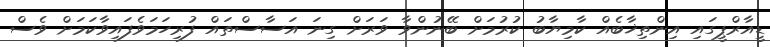
ޑީއާރްޕީގައި އިންތިޚާބެއް ކާމިޔާބު ކުރުމަށް ބޭނުންވާ ވަރަށް ގިނަ އަސާސްތައް ފުރިހަމަވެފައިވާކަމަށް ވެސް